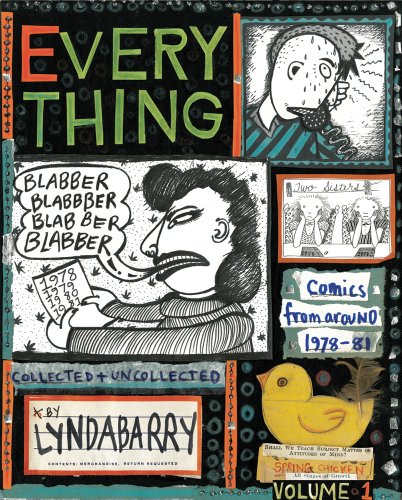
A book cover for Blabber Blabber Blabber: Volume 1 of Everything; Lynda Barry; Comics & Graphic Novels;